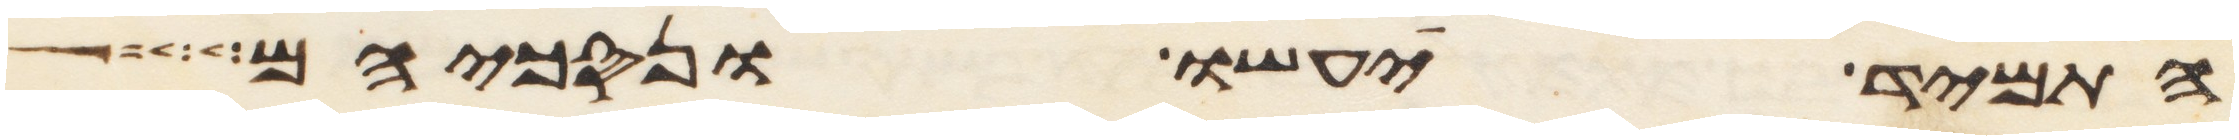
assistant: התמיד יעשו ונסכיהם